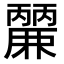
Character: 𮭹